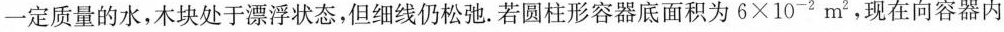
一定质量的水，木块处于漂浮状态，但细线仍松弛。若圆柱形容器底面积为$$6×10-2m2$$，现在向容器内